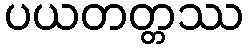
ပယတတ္တဿ